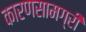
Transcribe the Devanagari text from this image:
कारणसामग्री